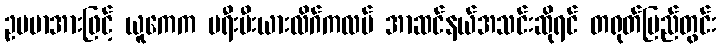
ဥပမာအားဖြင့် ယူကေက ပရီးမီးယားလိဂ်ကလပ် အာဆင်နယ်အသင်းဆိုရင် တရုတ်ပြည်တွင်း